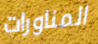
المناورات